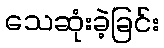
သေဆုံးခဲ့ခြင်း